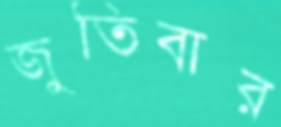
জুতিবার